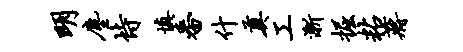
明尘恃填番什奠工渐掘粘蒋